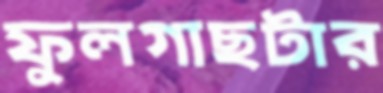
ফুলগাছটার